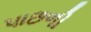
પાછળી